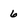
Character: 6